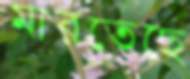
মারতেছে